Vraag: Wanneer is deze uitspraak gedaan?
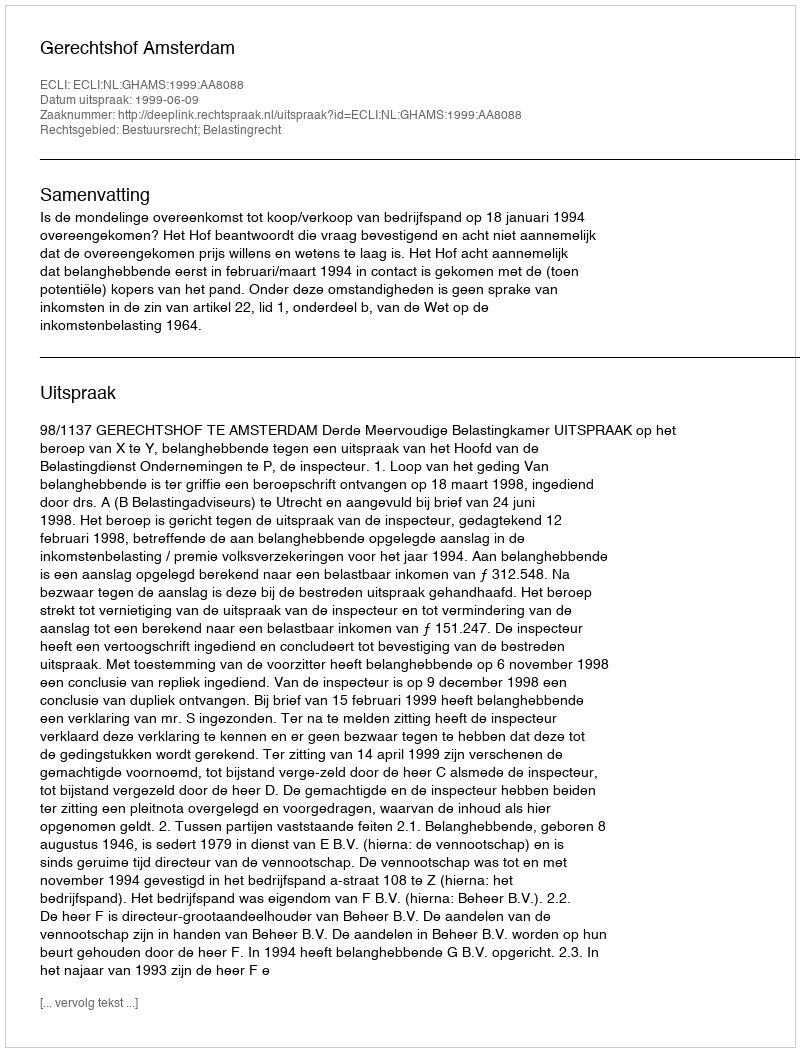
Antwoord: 1999-06-09